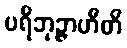
ပရိဘုဉ္ဇာဟီတိ